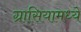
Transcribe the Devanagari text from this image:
ग्रासियामध्ये